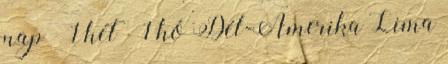
nap ± 1 hét ± 1 hó Dél-Amerika Lima